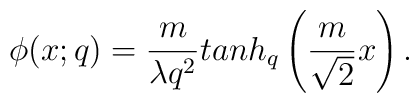
\phi (x;q) = \frac{m}{\lambda q^2}tanh_q\left(\frac{m}{\sqrt 2}x\right).